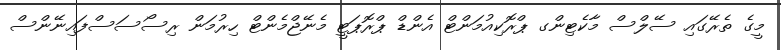
މީގެ ތެރޭގައި ސޭލްސް މާކެޓިންގ ޕްރޮކިއުމަންޓް އެންޑް ޕްރޮޕަޓީ މެނޭޖްމެންޓް ހިރުމަން ރިސޯސަސްފައިނޭންސް